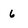
Character: 6